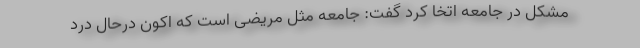
مشکل در جامعه اتخا کرد گفت: جامعه مثل مریضی است که اکون درحال درد